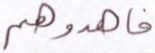
فاهدوهم